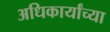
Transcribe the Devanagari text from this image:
अधिकार्यांच्या